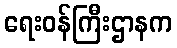
ရေးဝန်ကြီးဌာနက